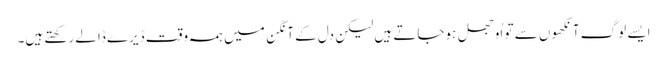
ایسے لوگ آنکھوں سے تو اُوجھل ہوجاتے ہیں لیکن دل کے آنگن میں ہمہ وقت ڈیرے ڈالے رکھتے ہیں۔